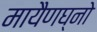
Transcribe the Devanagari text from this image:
मायैणघ्नो